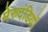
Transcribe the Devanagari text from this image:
मेरुदंडियों